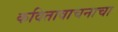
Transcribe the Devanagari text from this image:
कवितावाचनाचा